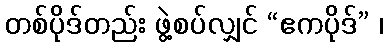
တစ်ပိုဒ်တည်း ဖွဲ့စပ်လျှင် “ဧကပိုဒ်” ၊